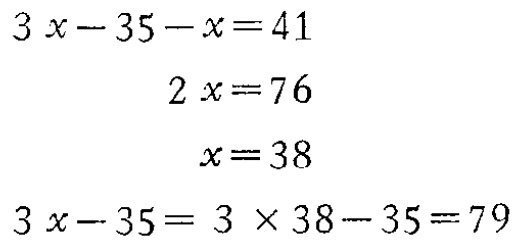
\[

\begin{align*}

3x - 35 - x&=41\\

2x&=76\\

x&=38\\

3x - 35&= 3\times38 - 35 = 79

\end{align*}

\]